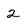
Character: 2